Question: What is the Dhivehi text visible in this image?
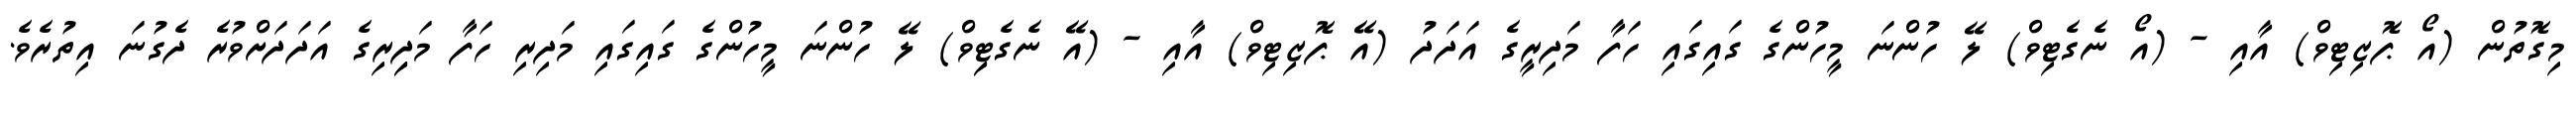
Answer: މިގޮތުން (އޯ ޕޮޒިޓިވް) އާއި - (އޯ ނެގެޓިވް) ލޭ ހުންނަ މީހުންގެ ގައިގައި ހަފާ މަދިރީގެ އަދަދު (އޭ ޕޮޒިޓިވް) އާއި - (އޭ ނެގެޓިިވް) ލޭ ހުންނަ މީހުންގެ ގައިގައި މަދިރި ހަފާ މަދިިރިގެ އަދަދަށްވުރެ ދެގުނަ އިތުރެވެ.